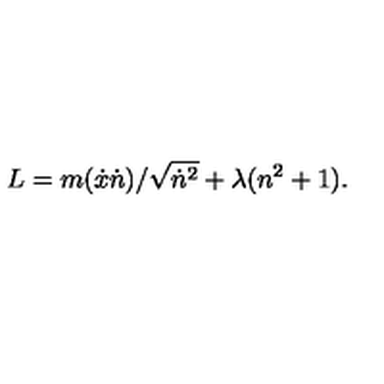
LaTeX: L = m ( { \dot { x } } { \dot { n } } ) / { \sqrt { { \dot { n } } ^ { 2 } } } + \lambda ( n ^ { 2 } + 1 ) . \,